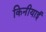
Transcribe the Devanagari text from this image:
किनीयाई